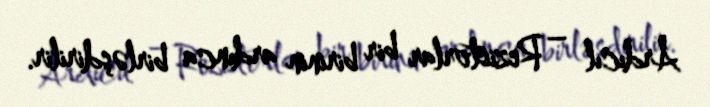
Ardıcıl – Rezistorlar bir birinin ardınca birləşdirilir.